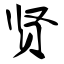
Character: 贤